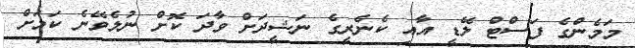
މަމެންގެ ފަސްޓް ލޭޑީ އާއި ކެނެރީގެ ނަޝީދަށް ވާދަ ކޮށް ނުލެވޭނެ ކަމަށް